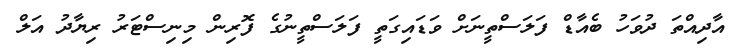
އާދިއްތަ ދުވަހު ބެއާޑް ފަލަސްތީނަށް ވަޑައިގަތީ ފަލަސްތީނުގެ ފޮރިން މިނިސްޓަރު ރިޔާދު އަލް